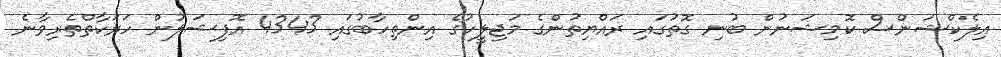
އިލެކްޝަންސް ކޮމިޝަނުން ބުނި ގޮތުގައި ރައްޔިތުންގެ މަޖިލީހުގެ އިންތިހާބުގައި 4343 އޮފިޝަލުން ހަރަކާތްތެރިވާނެ